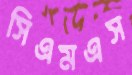
সিএমএস